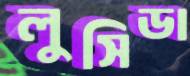
লুসিডা